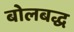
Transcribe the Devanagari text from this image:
बोलबद्ध